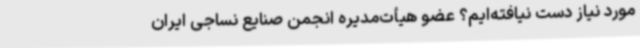
مورد‌ نیاز دست‌ نیافته‌ایم؟ عضو هیأت‌مدیره انجمن صنایع نساجی ایران